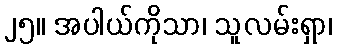
၂၅။ အပါယ်ကိုသာ၊ သူလမ်းရှာ၊